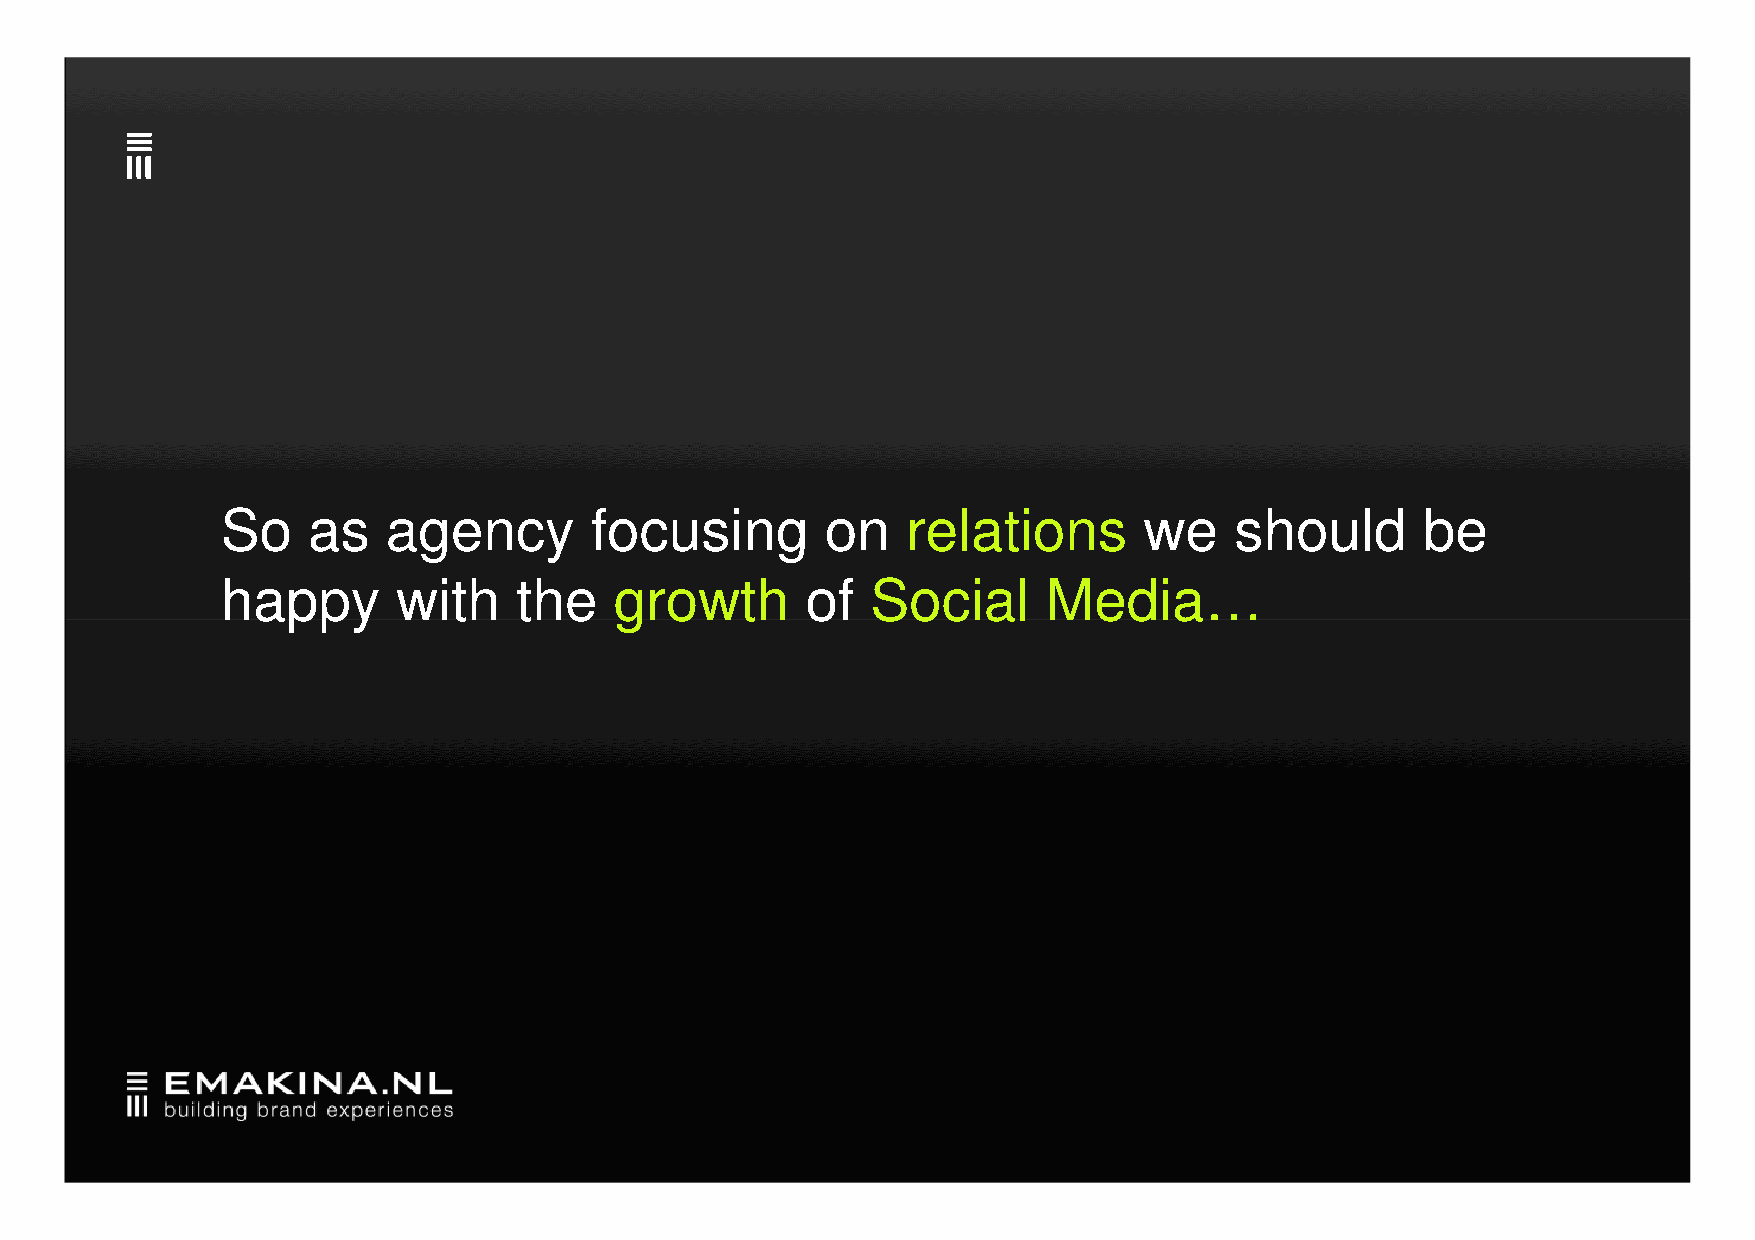
So   as    agency       focusing        on   relations       we    should      be
 hhaappppyy wwiitthh tthhee ggrroowwtthh ooff SSoocciiaall MMeeddiiaa……